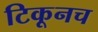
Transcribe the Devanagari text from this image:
टिकूनच